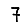
Digit: 7